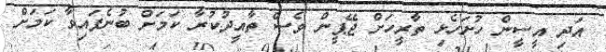
އަދި އީސީން ހުށަހެޅި ތާރީހަށް ޖޭޕީން ވެސް ތާއީދުކުރާ ކަމަށް ބުނެފައިވާ ކަމަށް